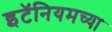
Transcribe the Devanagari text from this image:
इटॅनियमच्या